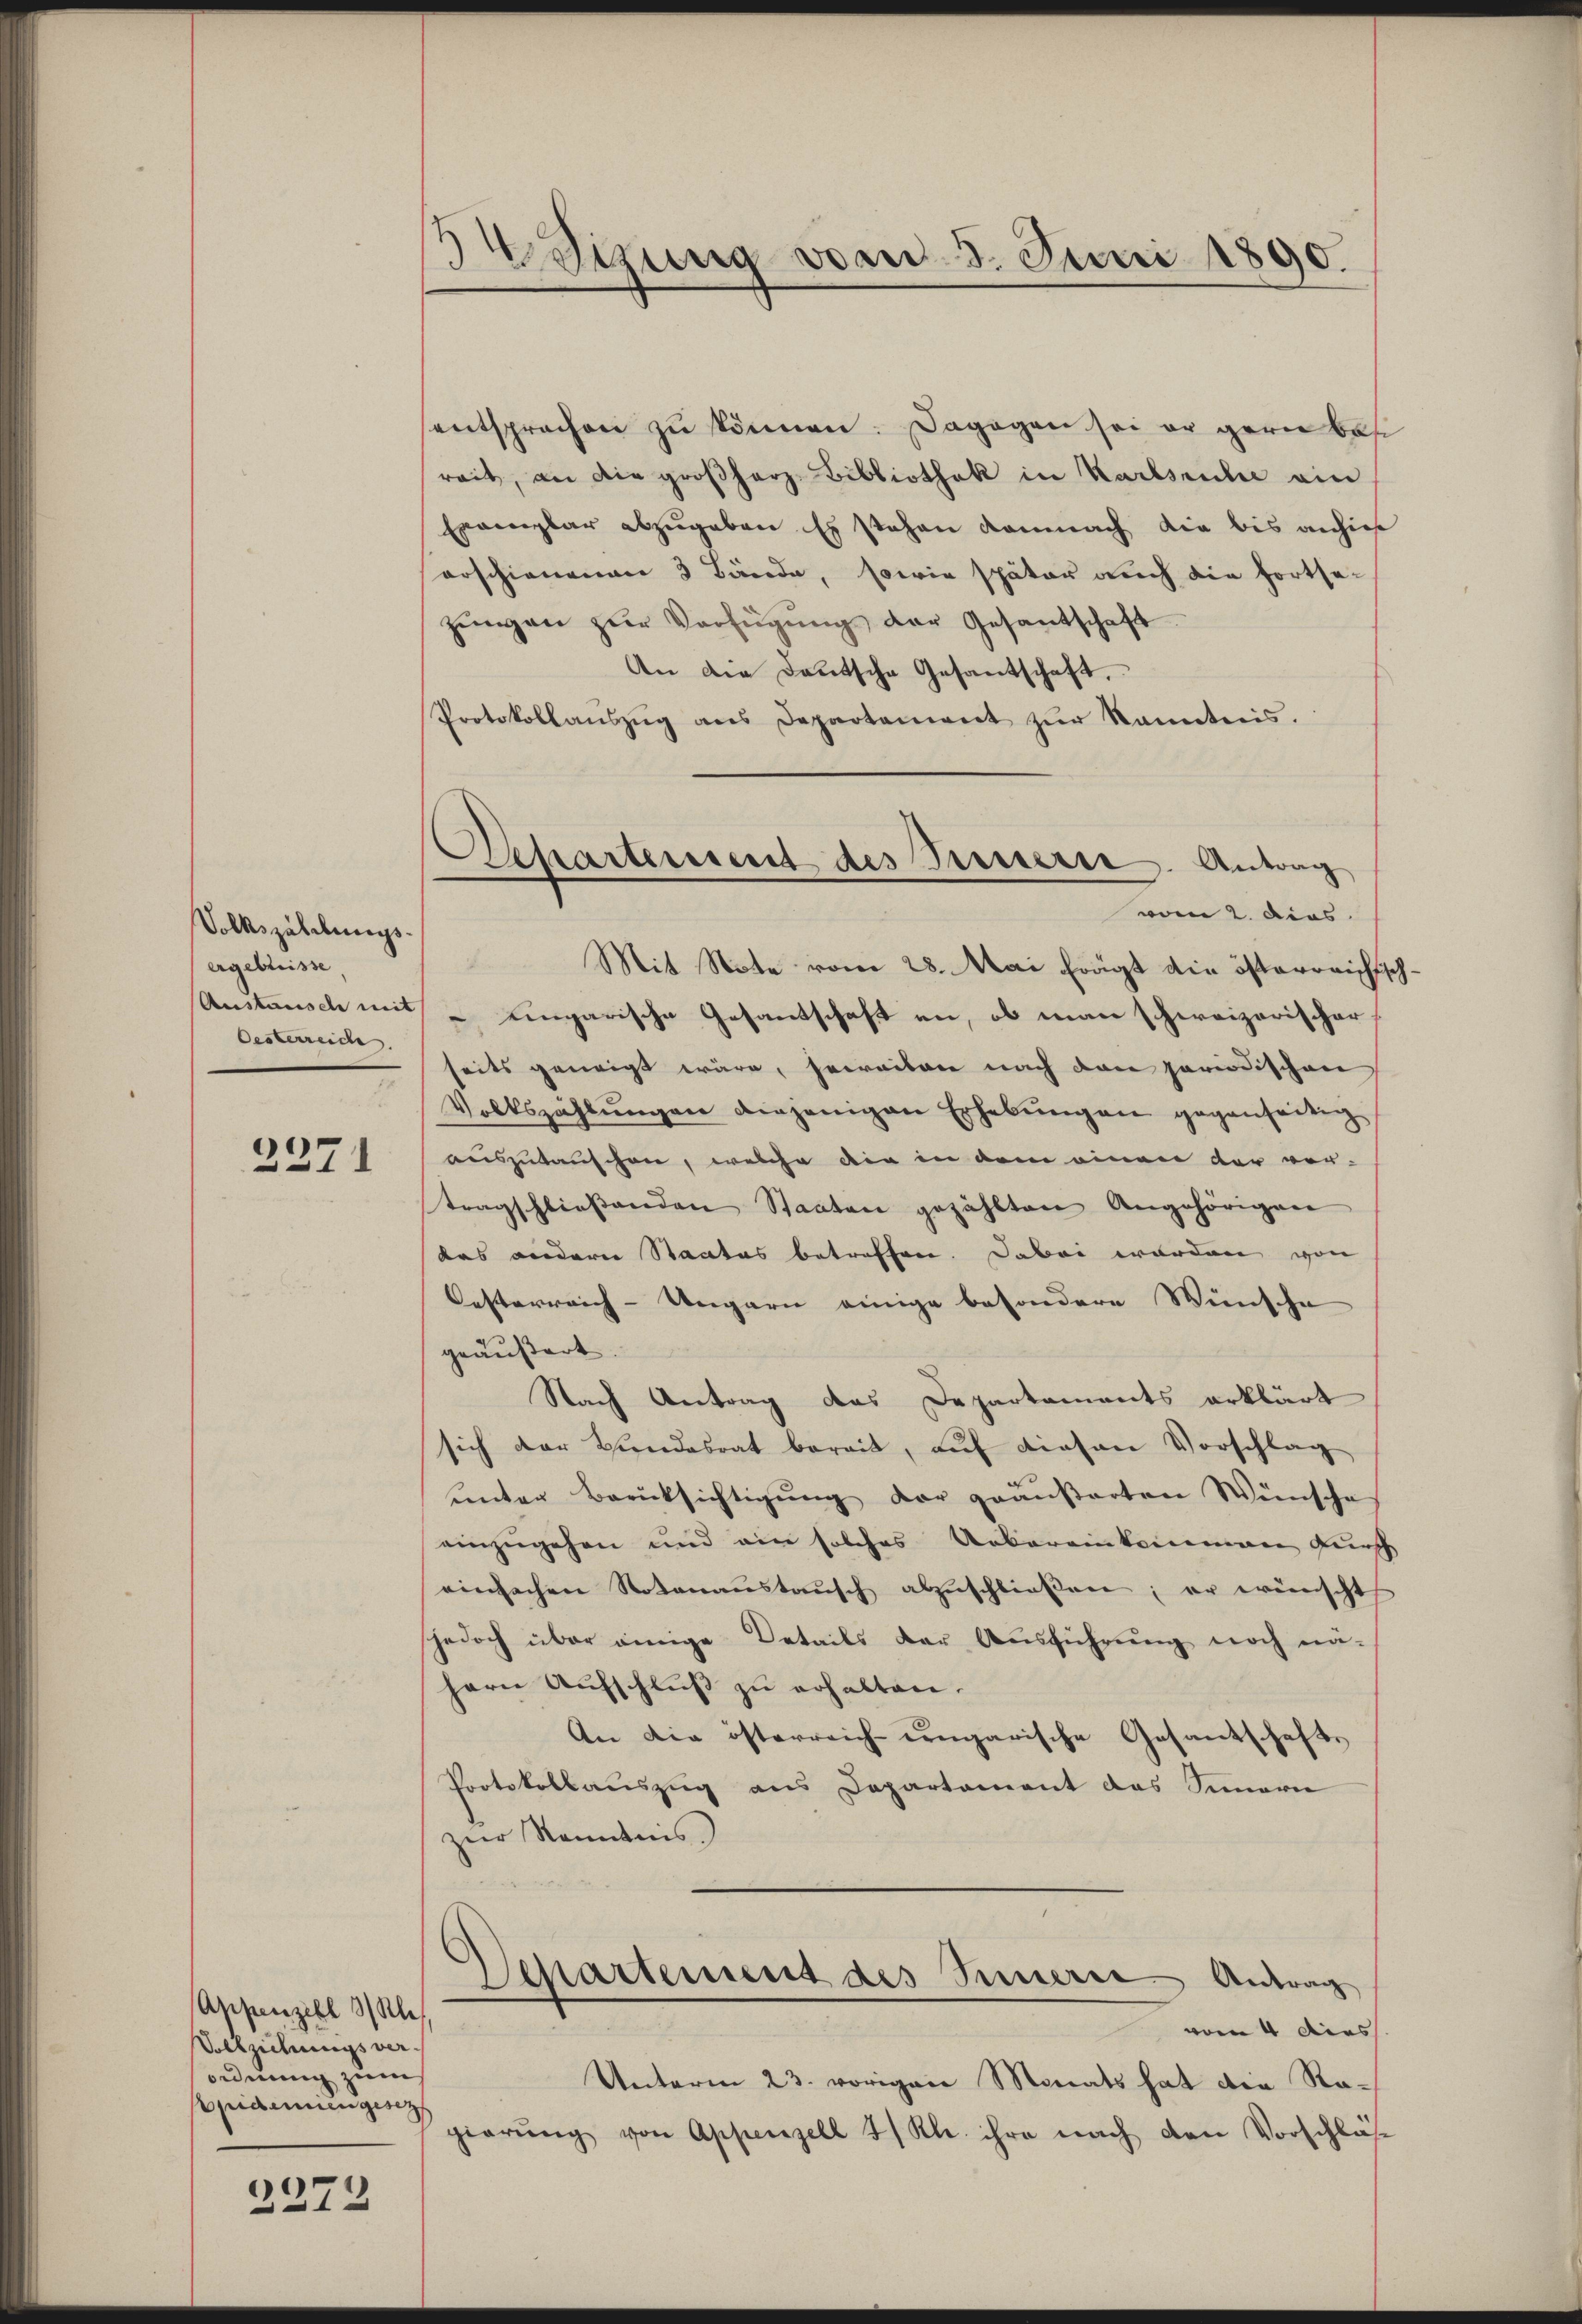
Volkszählungsergebnisse
Austausch mit
Oesterreiche.
12

2371

Appenzell Kle
Vollziehungsver-
ordnung zum
Apidemien gesez

2272

34 Sizung vom 3. Juni 1890.

Departement des Innern. Antrag
vom 2. dies

sentsprechen zŭ können. Dagegen sei er gern besi
reit, an die großherz- Bibliothek in Karlsruhe ein
Exemplar abzugeben. Es stehen demnach die bis anhie
erschienenen 3 Bände, sowie später auch die fortsezŭngen zŭr Verfügŭng der Gesandschaft
An die Deutsche Gesantschaft,
Protokollaŭszŭg ans Departement zŭr kanntnis.
d
Mit Note vom 28. Mai frägt die österreichisch
 eingarische Gesantschaft an, ob man schweizerischer
seits geneigt wäre, soweiten nach den periodischen
Volkszählŭngen diejenigen Erhebungen gegenseitig
auszutauschen, welche die in dem einen der vor-
tragschlieβenden Staaten gezählten Angehörigen
das andern Staates betreffen. Dabei worden von
Oesterreich-Ungarn einige besondere Wünsche
d
geäußert.
Nach Antrag des Departements erklärt
sich der Hŭndesrat bereit, aŭf diesen Vorschlag
unter Berücksichtigŭng der geäußerten Wünsche
einzugehen und ein solches Uebereinkommen durch
einfachen Notanaŭstaŭsch abzŭschlieβen; er wünscht
jedoch über einige Details der Ausführung noch nä-
hern Aufschluß zu erhalten.
An die österreich-ungarische Gesantschafts
Protokollauszug aus Departement das Simarie
zur Kenntnis.
Departement des Innere Antrag
vom 4 dies
Unterm 23. vorigen Monats hat die Regierŭng von Appenzell 2/ Kl. ihre nach den Vorschläs